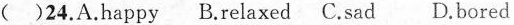
( )24. A.happy B.relaxed C.sad D.bored